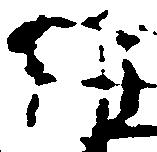
維